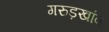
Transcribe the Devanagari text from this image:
गरुड़खांब